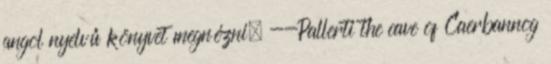
angol nyelvű könyvet megnézni. --Pallerti the cave of Caerbannog